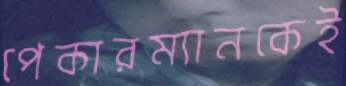
পেকারম্যানকেই